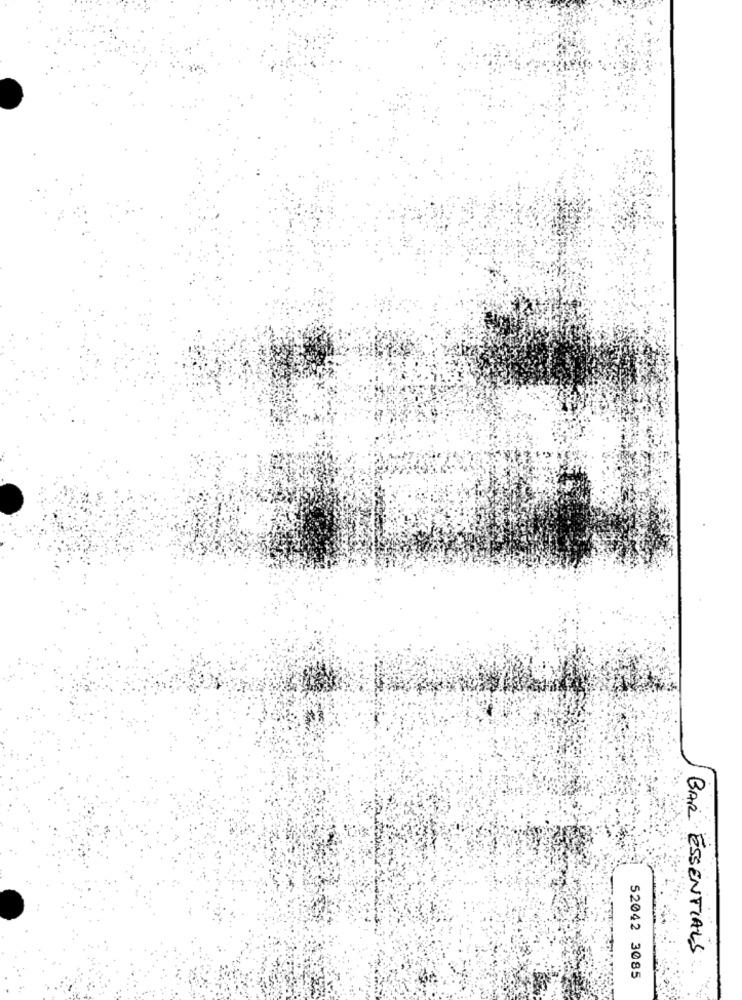
BAR ESSENTIALS
52042 3085